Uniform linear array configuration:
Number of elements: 24
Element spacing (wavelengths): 0.5
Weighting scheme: hann
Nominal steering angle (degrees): -45
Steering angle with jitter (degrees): -45.627
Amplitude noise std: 0.05
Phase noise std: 0.05

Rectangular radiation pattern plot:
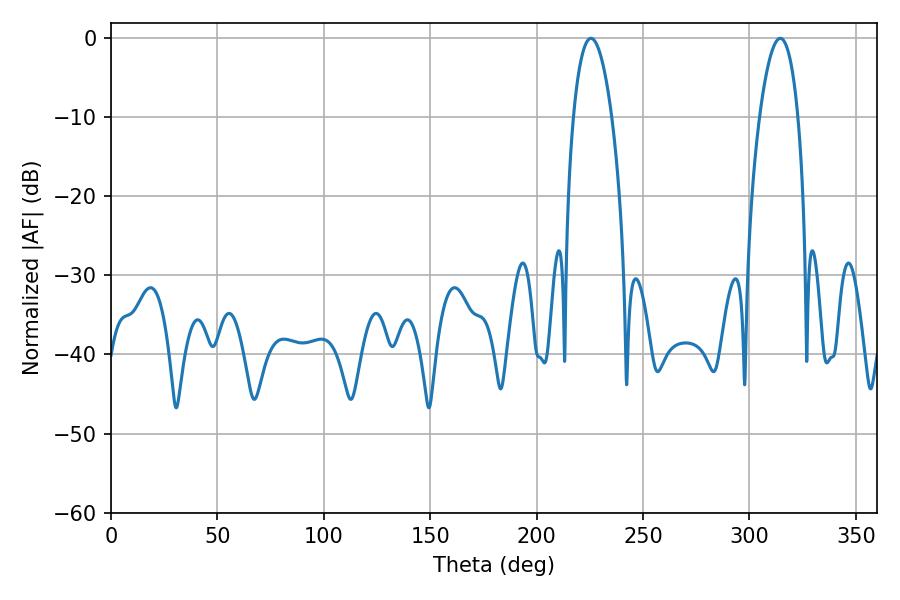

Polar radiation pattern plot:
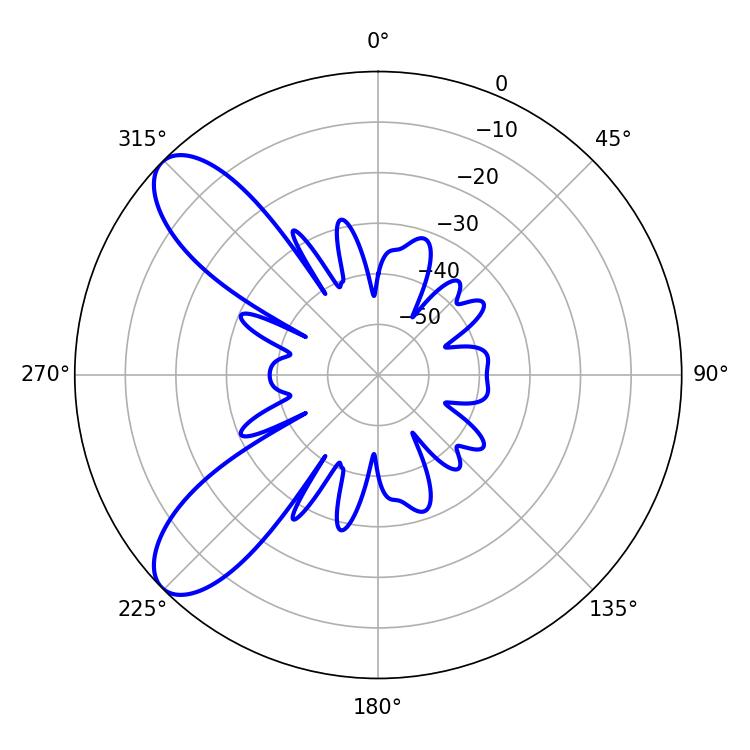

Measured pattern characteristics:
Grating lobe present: FALSE
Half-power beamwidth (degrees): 10.08
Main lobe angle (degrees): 225.54